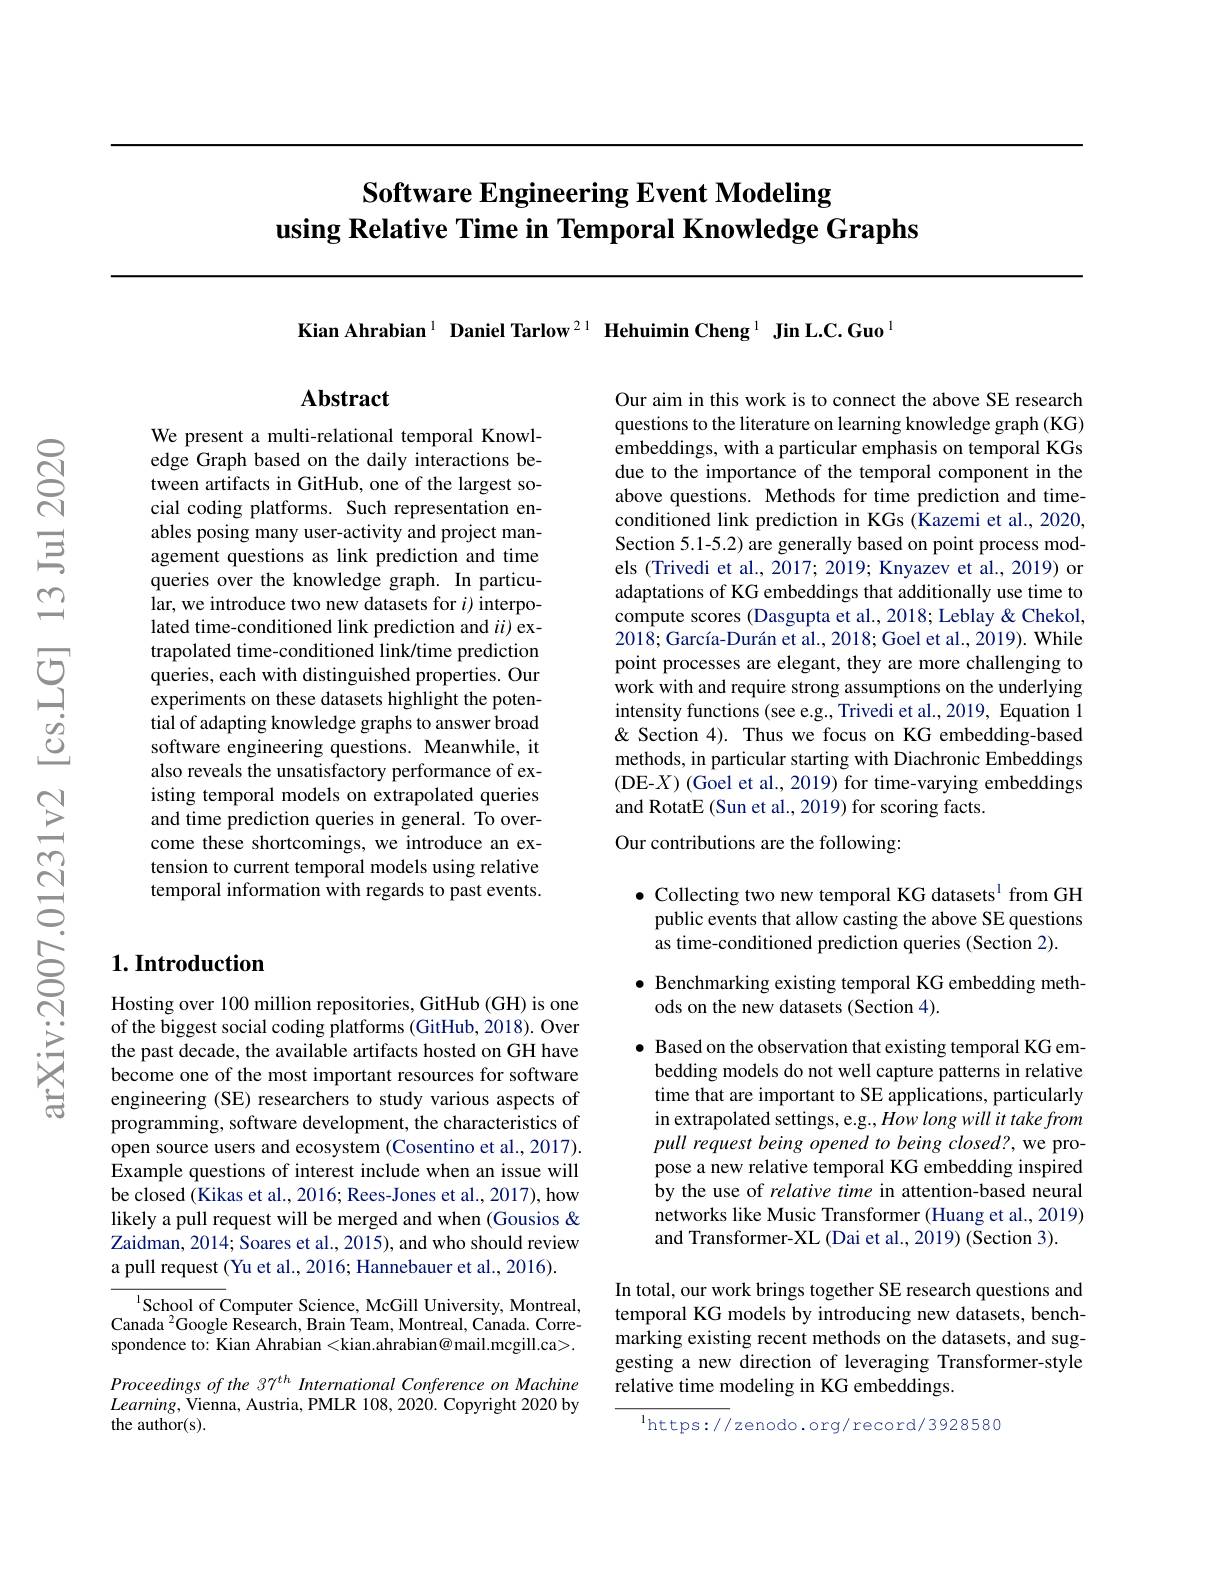
# Software Engineering Event Modeling using Relative Time in Temporal Knowledge Graphs

Kian Ahrabian$^{1}$ Daniel Tarlow$^{21}$ Hehuimin Cheng$^{1}$ Jin L.C.Guo$^{1}$

## Abstract

We present a multi-relational temporal Knowledge Graph based on the daily interactions between artifacts in GitHub, one of the largest social coding platforms. Such representation enables posing many user-activity and project management questions as link prediction and time queries over the knowledge graph. In particular, we introduce two new datasets for $i)$ interpolated time-conditioned link prediction and $ii)$ extrapolated time-conditioned link/time prediction queries, each with distinguished properties. Our experiments on these datasets highlight the potential of adapting knowledge graphs to answer broad software engineering questions. Meanwhile, it also reveals the unsatisfactory performance of existing temporal models on extrapolated queries and time prediction queries in general. To overcome these shortcomings, we introduce an extension to current temporal models using relative temporal information with regards to past events.

## $1. \textbf{Introduction}$

Hosting over 100 million repositories, GitHub (GH) is one of the biggest social coding platforms (GitHub, 2018). Over the past decade, the available artifacts hosted on GH have become one of the most important resources for software engineering (SE) researchers to study various aspects of programming, software development, the characteristics of open source users and ecosystem (Cosentino et al., 2017). Example questions of interest include when an issue will be closed (Kikas et al., 2016; Rees-Jones et al., 2017), how likely a pull request will be merged and when (Gousios & Zaidman, 2014; Soares et al., 2015), and who should review a pull request (Yu et al., 2016; Hannebauer et al., 2016).

${^{1}\text{School of Computer Science, McGill University, Montreal,}}$ Canada $^{2}$Google Research, Brain Team, Montreal, Canada. Correspondence to: Kian Ahrabian <kian.ahrabian@mail.mcgill.ca>. Proceedings of the 37$^{th}$ International Conference on Machine $Learning$,Vienna, Austria, PMLR 108, 2020. Copyright 2020 by the author(s).

Our aim in this work is to connect the above SE research questions to the literature on learning knowledge graph (KG) embeddings, with a particular emphasis on temporal KGs due to the importance of the temporal component in the above questions. Methods for time prediction and timeconditioned link prediction in KGs (Kazemi et al., 2020, Section 5.1-5.2) are generally based on point process models (Trivedi et al., 2017; 2019; Knyazev et al., 2019) or adaptations of KG embeddings that additionally use time to compute scores (Dasgupta et al., 2018; Leblay & Chekol, $2018; \text{Garc\'{ı } a- Dur\'{a} n et al. , 2018; Goel et al. , 2019) . While}$ point processes are elegant, they are more challenging to work with and require strong assumptions on the underlying intensity functions (see e.g., Trivedi et al., 2019, Equation 1 & Section 4). Thus we focus on KG embedding-based methods, in particular starting with Diachronic Embeddings (DE-$X)$ (Goel et al., 2019) for time-varying embeddings and RotatE (Sun et al., 2019) for scoring facts.

Our contributions are the following:

$\bullet$ Collecting two new temporal KG datasets$^{1}$ from GH
public events that allow casting the above SE questions
as time-conditioned prediction queries (Section 2).

$\bullet$ Benchmarking existing temporal KG embedding meth-
ods on the new datasets (Section 4).

$\bullet$ Based on the observation that existing temporal KG embedding models do not well capture patterns in relative time that are important to SE applications, particularly in extrapolated settings, e.g., How long will it take from pull request being opened to being closed?, we propose a new relative temporal KG embedding inspired by the use of relative time in attention-based neural networks like Music Transformer (Huang et al., 2019) and Transformer-XL (Dai et al., 2019) (Section 3).

In total, our work brings together SE research questions and temporal KG models by introducing new datasets, benchmarking existing recent methods on the datasets, and suggesting a new direction of leveraging Transformer-style relative time modeling in KG embeddings.

$^{1}$https:// zenodo. org/ record/3928580